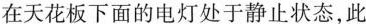
在天花板下面的电灯处于静止状态，此